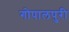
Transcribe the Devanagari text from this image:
गोपालपुरी